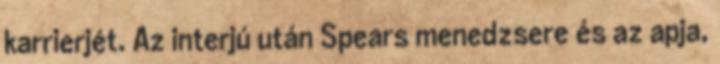
karrierjét. Az interjú után Spears menedzsere és az apja,